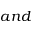
a n d